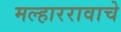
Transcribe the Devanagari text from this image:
मल्हाररावाचे